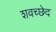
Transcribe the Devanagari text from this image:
शवच्छेद